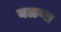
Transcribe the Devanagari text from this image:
वळणा